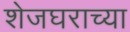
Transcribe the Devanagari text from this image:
शेजघराच्या